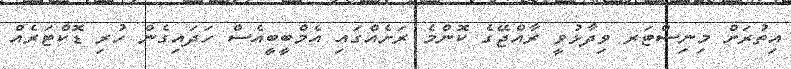
އިތުރަށް މިނިސްޓަރ ވިދާޅުވީ ރާއްޖޭގެ ކޮންމެ ރަށެއްގައި އެމްބީބީއެސް ހަދައިގެން ހުރި ޑޮކްޓަރެއް